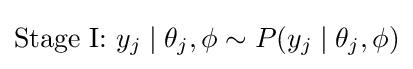
{\text{Stage I: }}y_{j}\mid \theta _{j},\phi \sim P(y_{j}\mid \theta _{j},\phi )